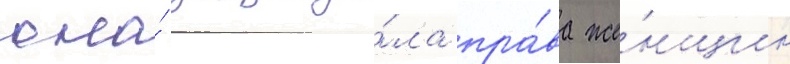
она́ защища́ла пра́ва же́нщин